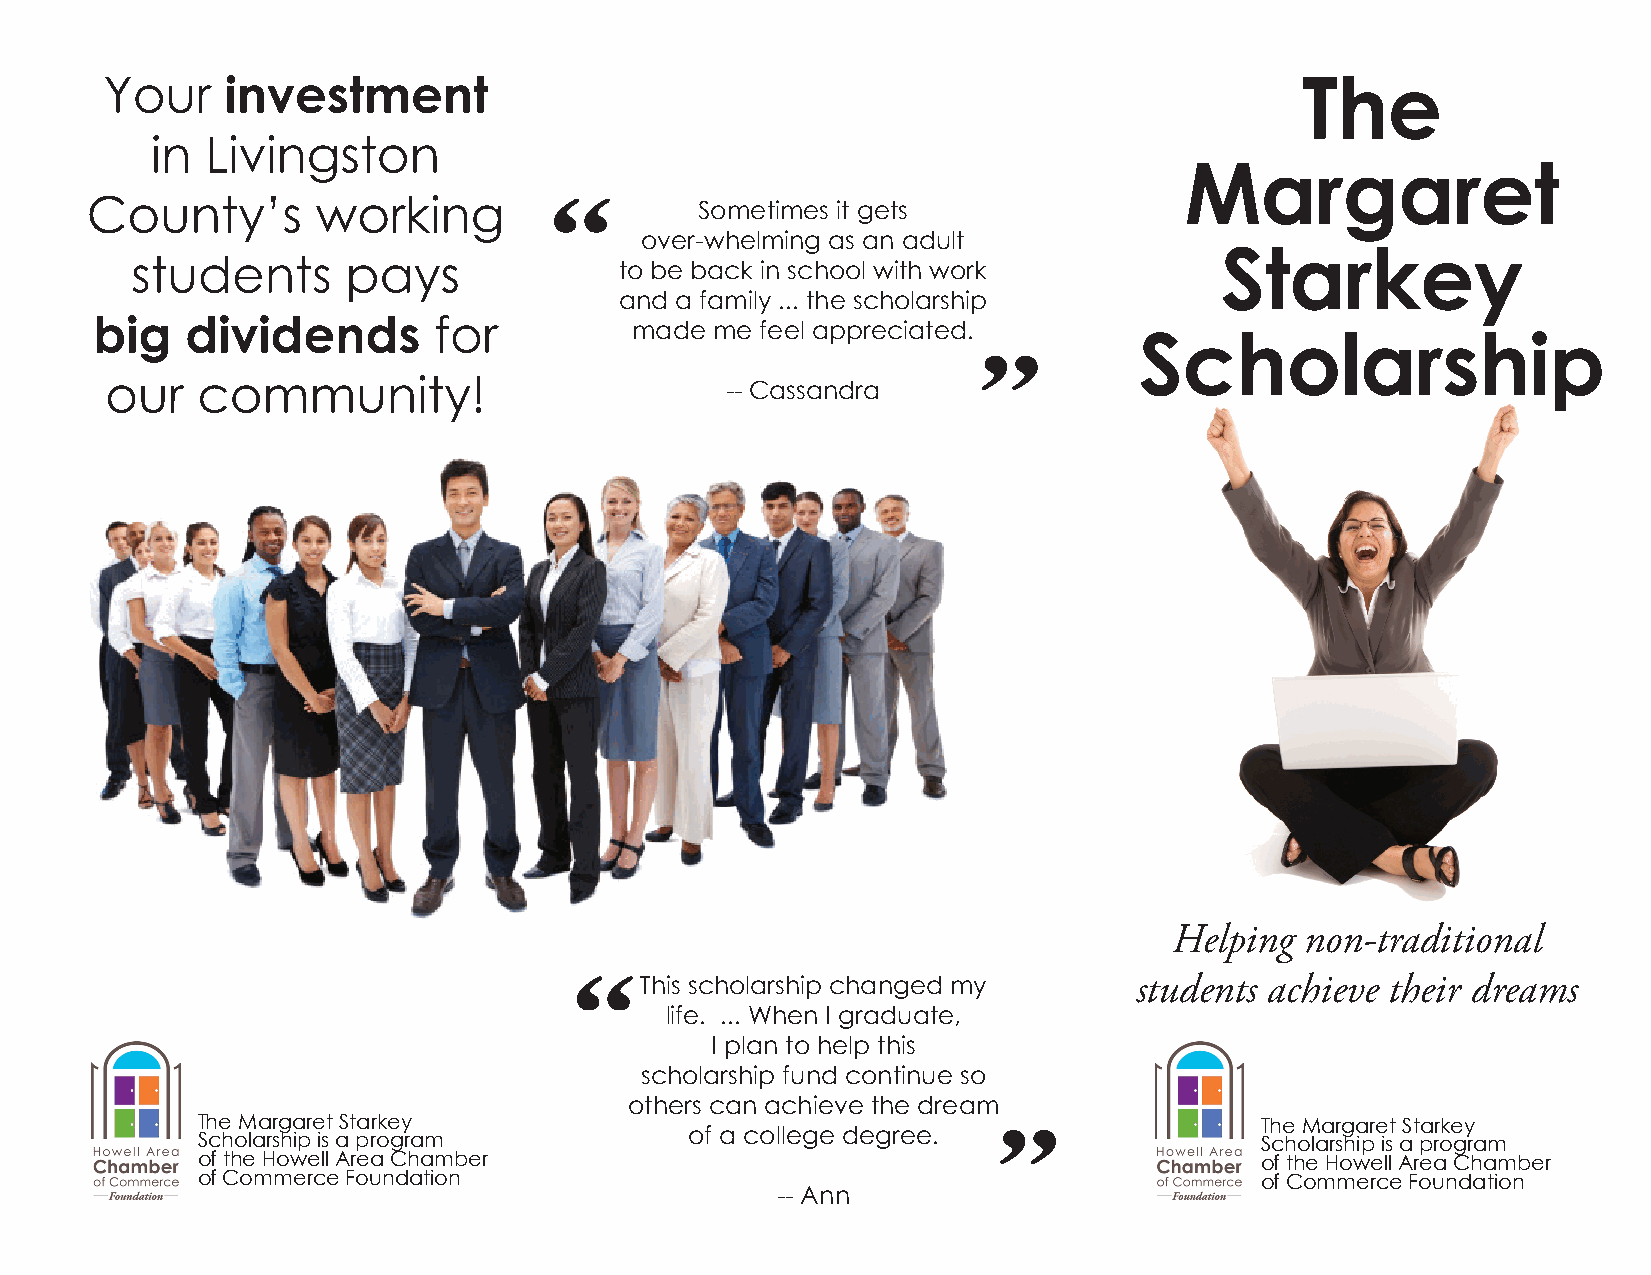
Your    investment                                                             The
 in  Livingston
 Margaret
 “
 County’s       working                  Sometimes it gets
 over-whelming as an adult
 Starkey
 students      pays              to be back in school with work
 and a family ... the scholarship
 big   dividends        for          made me feel appreciated.
 Scholarship
 ”
 our   community!                         -- Cassandra
 Helping non-traditional
 “
 This scholarship changed my      students achieve their dreams
 life. ... When I graduate,
 I plan to help this
 scholarship fund continue so
 others can achieve the dream
 The Margaret Starkey                                 ”                The Margaret Starkey
 Scholarship is a program         of a college degree.                 Scholarship is a program
 of the Howell Area Chamber                                            of the Howell Area Chamber
 of Commerce Foundation                                                of Commerce Foundation
 -- Ann